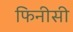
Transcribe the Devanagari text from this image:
फिनीसी